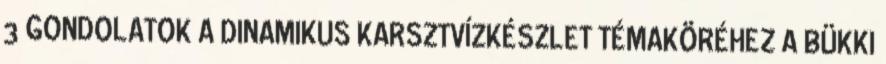
3 GONDOLATOK A DINAMIKUS KARSZTVÍZKÉSZLET TÉMAKÖRÉHEZ A BÜKKI